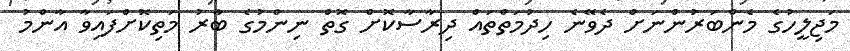
މަޖިލީހުގެ މެންބަރުންނަށް ދެވޭނެ ހިދުމަތްތައް ދިރާސާކޮށް ގޮތް ނިންމުގެ ބާރު މަތިކޮށްފައިވާ އާންމު